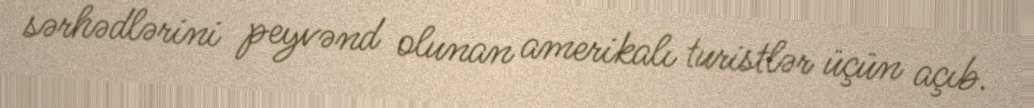
sərhədlərini peyvənd olunan amerikalı turistlər üçün açıb.